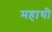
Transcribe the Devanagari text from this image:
महाथी